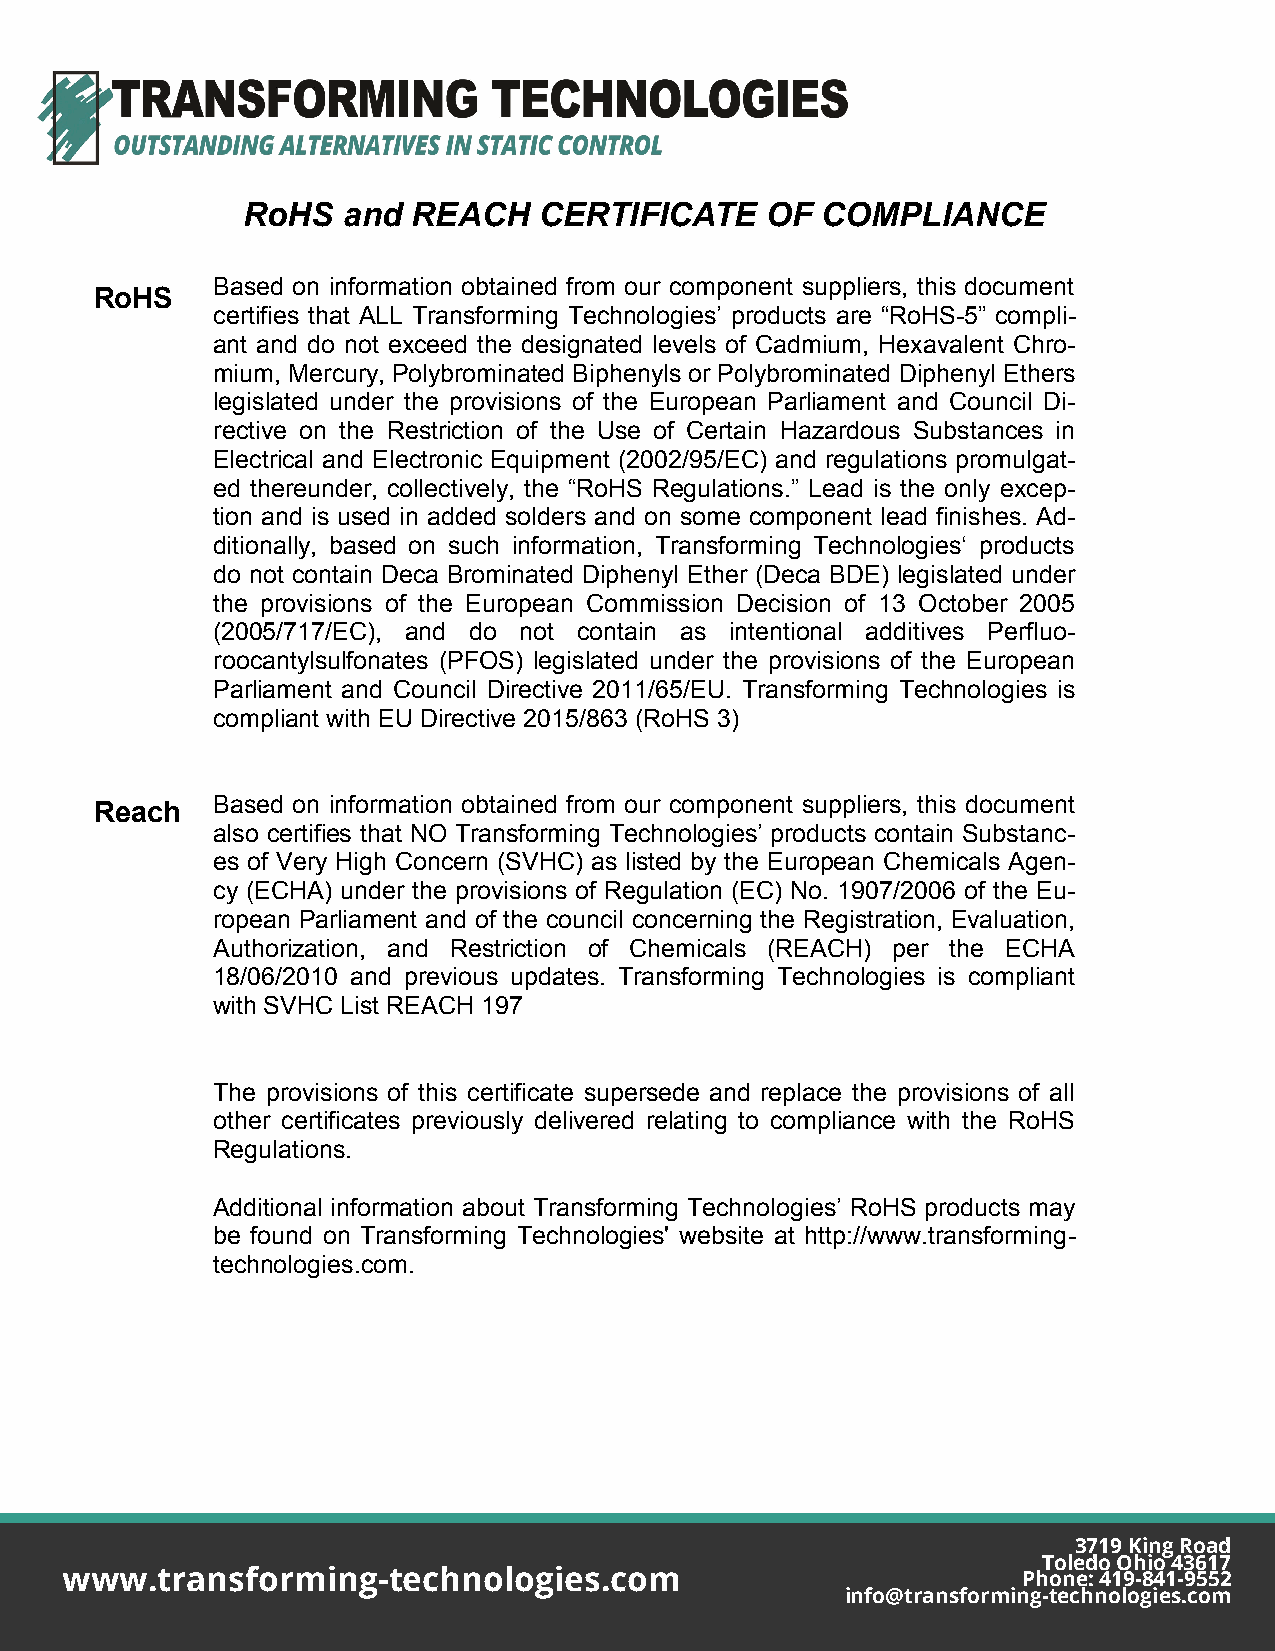
RoHS   and REACH    CERTIFICATE    OF COMPLIANCE
 Based on information obtained from our component suppliers, this document
 RoHS
 certifies that ALL Transforming Technologies’ products are “RoHS-5” compli-
 ant and do not exceed the designated levels of Cadmium, Hexavalent Chro-
 mium, Mercury, Polybrominated Biphenyls or Polybrominated Diphenyl Ethers
 legislated under the provisions of the European Parliament and Council Di-
 rective on the Restriction of the Use of Certain Hazardous Substances in
 Electrical and Electronic Equipment (2002/95/EC) and regulations promulgat-
 ed thereunder, collectively, the “RoHS Regulations.” Lead is the only excep-
 tion and is used in added solders and on some component lead finishes. Ad-
 ditionally, based on such information, Transforming Technologies‘ products
 do not contain Deca Brominated Diphenyl Ether (Deca BDE) legislated under
 the provisions of the European Commission Decision of 13 October 2005
 (2005/717/EC), and do not contain as intentional additives Perfluo-
 roocantylsulfonates (PFOS) legislated under the provisions of the European
 Parliament and Council Directive 2011/65/EU. Transforming Technologies is
 compliant with EU Directive 2015/863 (RoHS 3)
 Reach   Based on information obtained from our component suppliers, this document
 also certifies that NO Transforming Technologies’ products contain Substanc-
 es of Very High Concern (SVHC) as listed by the European Chemicals Agen-
 cy (ECHA) under the provisions of Regulation (EC) No. 1907/2006 of the Eu-
 ropean Parliament and of the council concerning the Registration, Evaluation,
 Authorization, and Restriction of Chemicals (REACH) per the ECHA
 18/06/2010 and previous updates. Transforming Technologies is compliant
 with SVHC List REACH 197
 The provisions of this certificate supersede and replace the provisions of all
 other certificates previously delivered relating to compliance with the RoHS
 Regulations.
 Additional information about Transforming Technologies’ RoHS products may
 be found on Transforming Technologies' website at http://www.transforming-
 technologies.com.
 3719 King Road
 Toledo Ohio 43617
 www.transforming-technologies.com                               Phone: 419-841-9552
 info@transforming-technologies.com